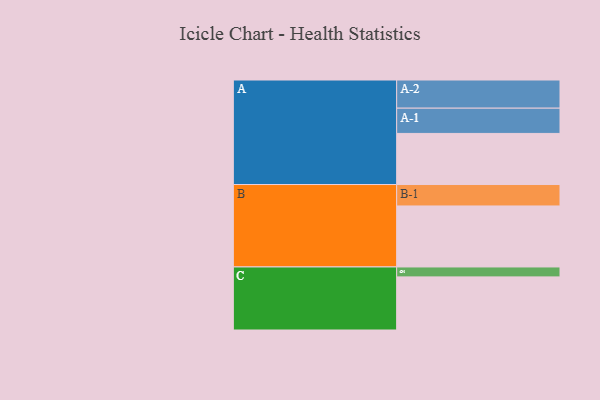
{"axis": {"x": "Segment", "y": "Value"}, "legend": ["", "A", "B", "C"], "data": [{"x": "A", "y": 479, "type": ""}, {"x": "B", "y": 572, "type": ""}, {"x": "C", "y": 498, "type": ""}, {"x": "A-1", "y": 237, "type": "A"}, {"x": "A-2", "y": 264, "type": "A"}, {"x": "B-1", "y": 201, "type": "B"}, {"x": "C-1", "y": 93, "type": "C"}]}